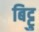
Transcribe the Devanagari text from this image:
बिट्टु